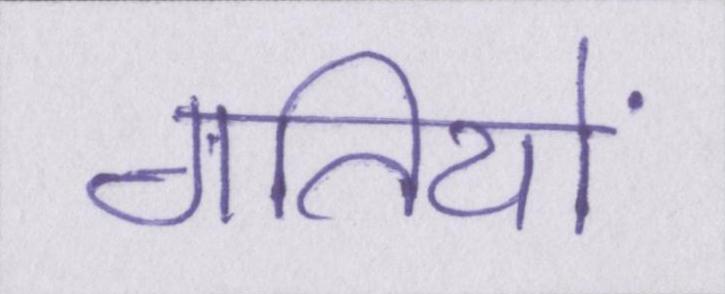
गतियों